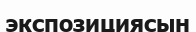
экспозициясын